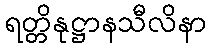
ရတ္တိနုဋ္ဌာနသီလိနာ